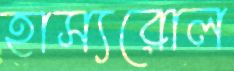
হাস্যরোল